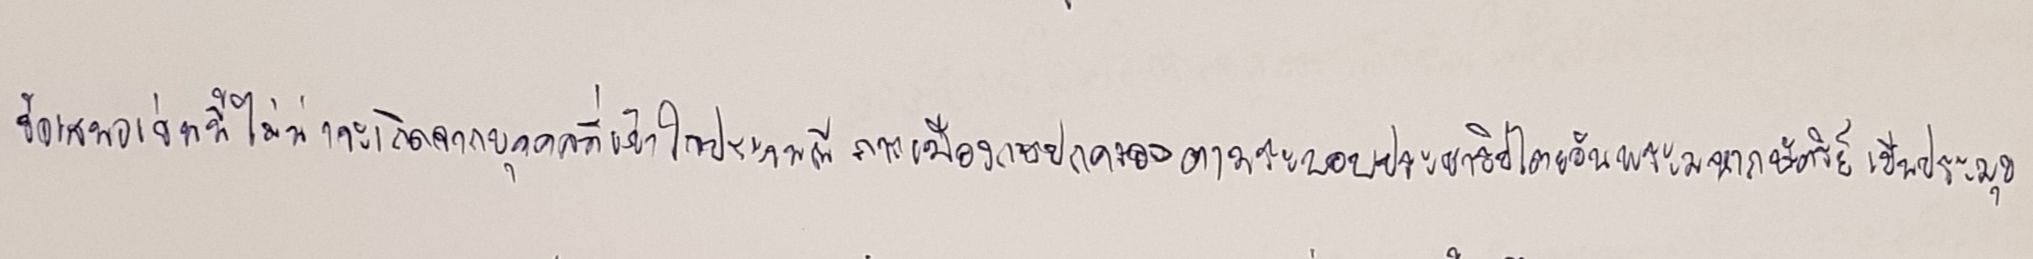
ข้อเสนอเช่นนี้ไม่น่าจะเกิดจากบุคคลที่เข้าใจประเพณีการเมืองการปกครองตามระบอบประชาธิปไตยอันพระมหากษัตริย์เป็นประมุข